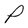
Character: P